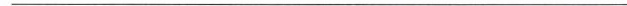
___